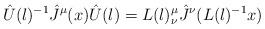
\begin{align*}{\hat U}(l)^{-1}{\hat J}^{\mu}(x){\hat U}(l)=L(l)^{\mu}_{\nu}{\hat J}^{\nu}(L(l)^{-1}x)\end{align*}